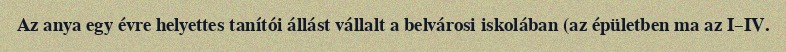
Az anya egy évre helyettes tanítói állást vállalt a belvárosi iskolában (az épületben ma az I–IV.